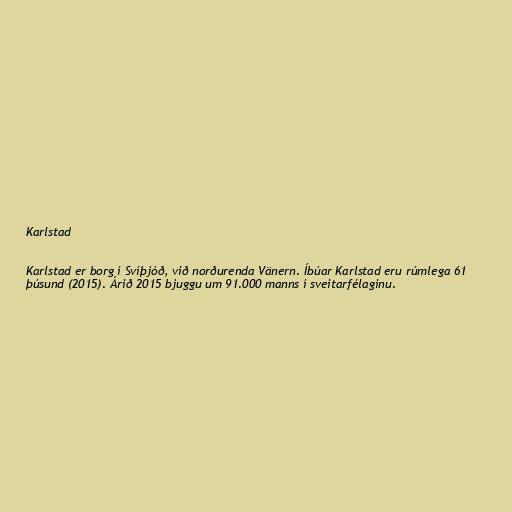
Karlstad

Karlstad er borg í Svíþjóð, við norðurenda Vänern. Íbúar Karlstad eru rúmlega 61
þúsund (2015). Árið 2015 bjuggu um 91.000 manns í sveitarfélaginu.